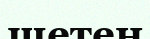
шетен